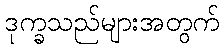
ဒုက္ခသည်များအတွက်